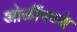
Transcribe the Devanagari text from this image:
ओळींमध्ये